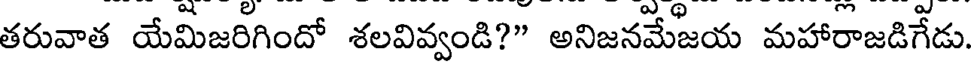
తరువాత యేమిజరిగిందో శలవివ్వండి?" అనిజనమేజయ మహారాజడిగేడు.